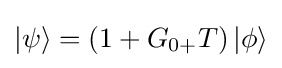
\left|\psi \right\rangle =\left({1+{G_{0+}}T}\right)\left|\phi \right\rangle